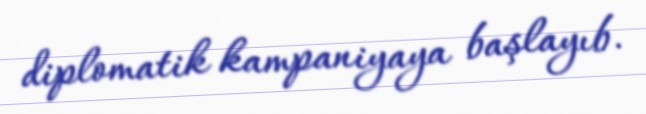
diplomatik kampaniyaya başlayıb.